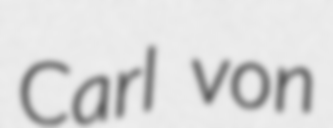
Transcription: Carl von